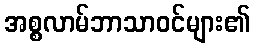
အစ္စလာမ်ဘာသာဝင်များ၏